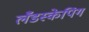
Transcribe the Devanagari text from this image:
लँडस्केपिंग